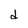
Character: d